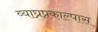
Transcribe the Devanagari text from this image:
व्याघ्रप्रकाल्पास